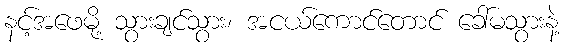
နင့်အဖေမို့ သွားချင်သွား၊ အငယ်ကောင်တောင် ခေါ်မသွားနဲ့